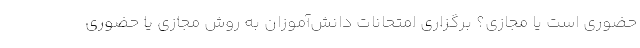
حضوری است یا مجازی؟ برگزاری امتحانات دانش‌آموزان به روش مجازی یا حضوری